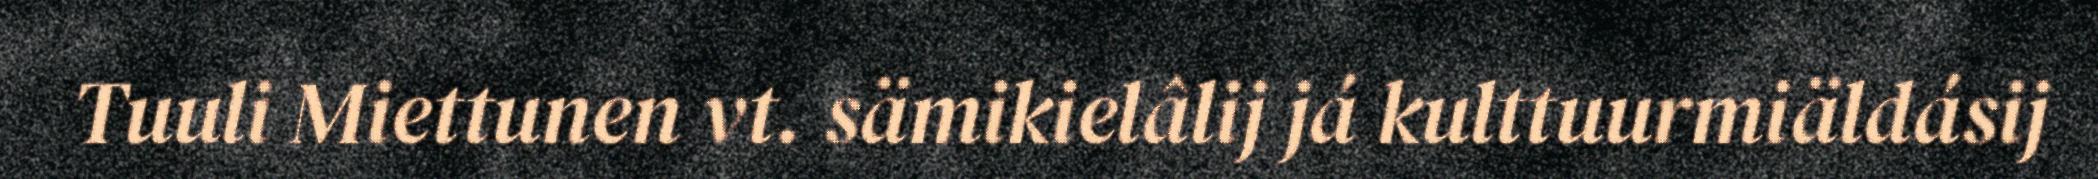
Tuuli Miettunen vt. sämikielâlij já kulttuurmiäldásij